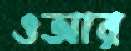
ওআর